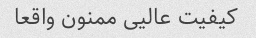
کیفیت عالیی ممنون واقعا